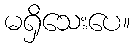
မရှိသေးပေ။